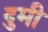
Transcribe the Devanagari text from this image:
दुमी